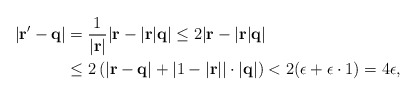
\begin{align*}|{\bf r'}-{\bf q}|&=\frac{1}{|{\bf r}|}|{\bf r}-|{\bf r}|{\bf q}|\leq 2|{\bf r}-|\bf{r}|{\bf q}| \\&\leq2\left(|{\bf r}-{\bf q}|+|1-|\bf {r}||\cdot|{\bf q}|\right)<2(\epsilon+\epsilon\cdot1)=4\epsilon,\end{align*}